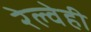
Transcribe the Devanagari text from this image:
रेल्वेही